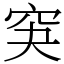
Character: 䆕